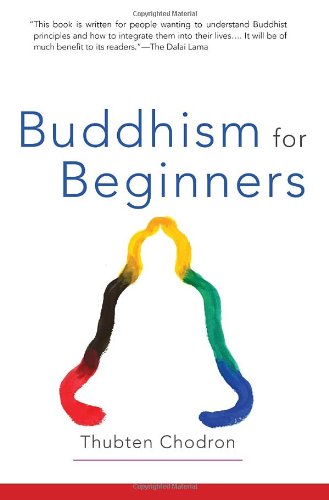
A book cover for Buddhism for Beginners; Thubten Chodron; Politics & Social Sciences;